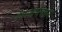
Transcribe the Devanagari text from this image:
देकजारीकरने